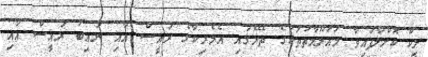
ލީކް ކޮށްލާފައިވާ މައުލޫމާތުތަކުގެ ތެރޭގައި އެމެރިކާގެ ރައީސް އާއި ނައިބު ރައީސް އާއި